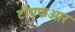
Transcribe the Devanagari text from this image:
टीएफआर